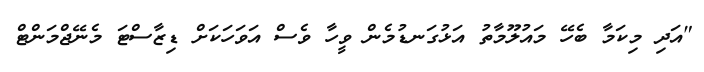
"އަދި މިކަމާ ބެހޭ މައުލޫމާތު އަޅުގަނޑުމެން ވީހާ ވެސް އަވަހަކަށް ޑިޒާސްޓަ މެނޭޖްމަންޓް